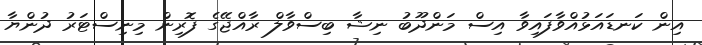
އިން ކަނޑައަޅުއްވާފައިވާ އިސް މަންދޫބު ނިޝާ ބިސްވާލް ރާއްޖޭގެ ފޮރިން މިނިސްޓަރު ދުންޔާ